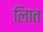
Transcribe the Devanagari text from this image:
लिात